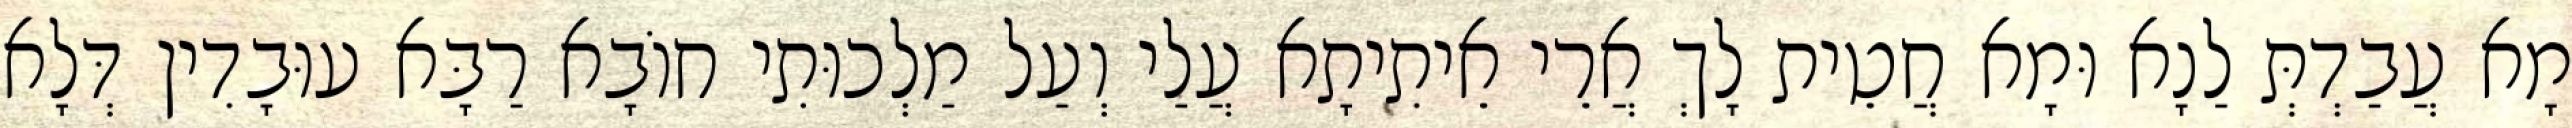
מָא עֲבַדְתְּ לַנָא וּמָא חֲטֵית לָךְ אֲרֵי אֵיתִיתָא עֲלַי וְעַל מַלְכוּתִי חוֹבָא רַבָּא עוּבָדִין דְּלָא